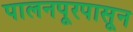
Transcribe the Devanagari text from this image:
पालनपूरपासून